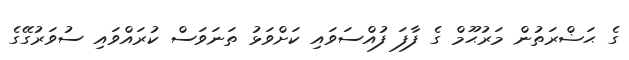
ގެ ޙަޟްރަތުން މަރުޙޫމް ގެ ފާފަ ފުއްސަވައި ކަށްވަޅު ތަނަވަސް ކުރައްވައި ސުވަރުގޭގެ